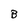
Character: B